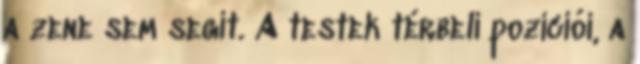
a zene sem segít. A testek térbeli pozíciói, a